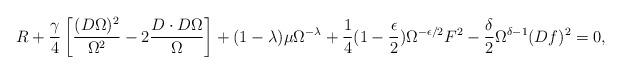
LaTeX: \begin{align*}R + \frac{\gamma}{4} \left[ \frac{(D \Omega )^2}{\Omega^2} - 2\frac{D \cdot D \Omega}{\Omega} \right] + (1-\lambda)\mu\Omega^{-\lambda}+ \frac{1}{4} (1- \frac{\epsilon}{2}) \Omega^{- \epsilon /2} F^2 - \frac{\delta}{2} \Omega^{\delta -1} (Df)^2 = 0,\end{align*}